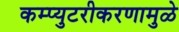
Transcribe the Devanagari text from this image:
कम्प्युटरीकरणामुळे